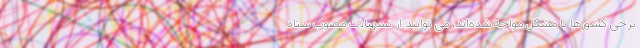
برخی کشورها با مشکل مواجه شده‌اند، می توانند از تسهیلات مصوب ستاد